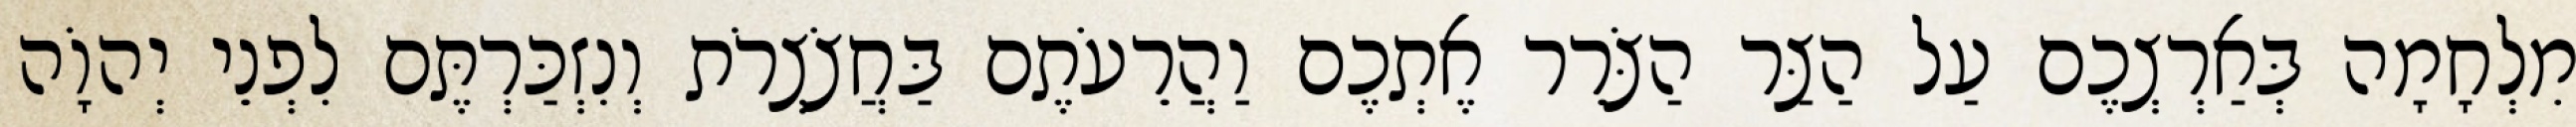
מִלְחָמָה בְּאַרְצְכֶם עַל הַצַּר הַצֹּרֵר אֶתְכֶם וַהֲרֵעֹתֶם בַּחֲצֹצְרֹת וְנִזְכַּרְתֶּם לִפְנֵי יְהוָֹה